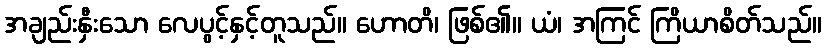
အချည်းနှီးသော လေပွင့်နှင့်တူသည်။ ဟောတိ၊ ဖြစ်၏။ ယံ၊ အကြင် ကြိယာစိတ်သည်။